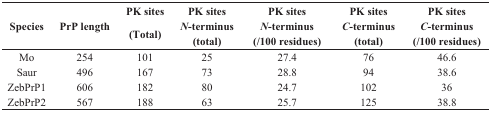
| <ROWSPAN=2> Species | <ROWSPAN=2> PrP length | PK sites | PK sites | PK sites | PK sites | PK sites |
 | (Total) | N-terminus (total) | N-terminus (/100 residues) | C-terminus (total) | C-terminus (/100 residues) |
 | --- | --- | --- | --- | --- | --- | --- |
 | Mo | 254 | 101 | 25 | 27.4 | 76 | 46.6 |
 | Saur | 496 | 167 | 73 | 28.8 | 94 | 38.6 |
 | ZebPrP1 | 606 | 182 | 80 | 24.7 | 102 | 36 |
 | ZebPrP2 | 567 | 188 | 63 | 25.7 | 125 | 38.8 |